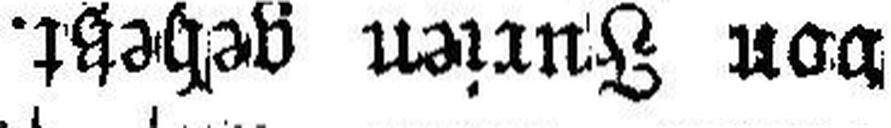
von Furien gehetzt.